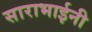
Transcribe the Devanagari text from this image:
साराभाईनी